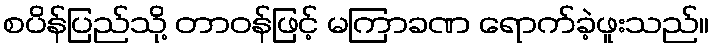
စပိန်ပြည်သို့ တာဝန်ဖြင့် မကြာခဏ ရောက်ခဲ့ဖူးသည်။